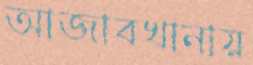
আজাবখানায়